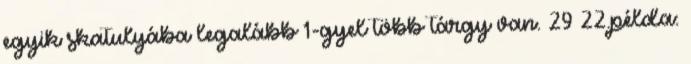
egyik skatulyába legalább 1-gyel több tárgy van. 29 22.példa: